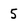
Character: 5